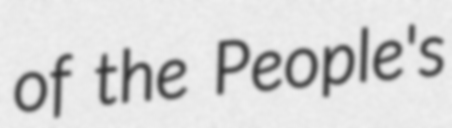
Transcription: of the People's